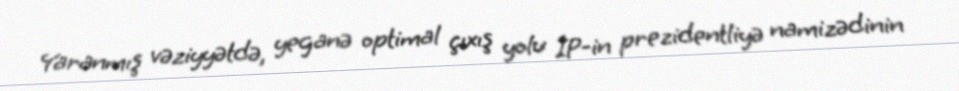
Yaranmış vəziyyətdə, yeganə optimal çıxış yolu İP-in prezidentliyə namizədinin